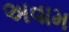
અવામ